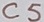
Text: C5